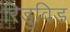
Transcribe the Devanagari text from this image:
रिडुविड